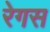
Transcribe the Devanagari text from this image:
रेगस